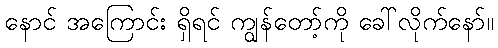
နောင် အကြောင်း ရှိရင် ကျွန်တော့်ကို ခေါ်လိုက်နော်။